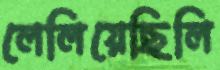
লেলিয়েছিলি